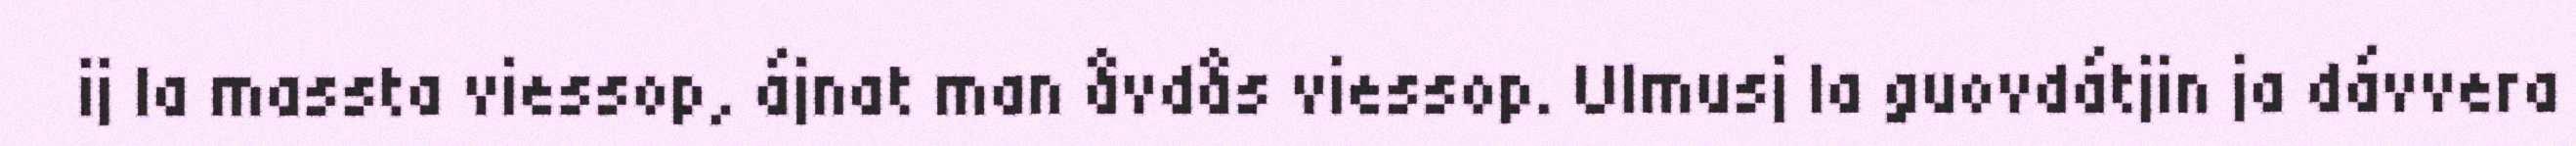
ij la massta viessop, ájnat man åvdås viessop. Ulmusj la guovdátjin ja dávvera